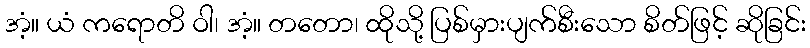
အံ့။ ယံ ကရောတိ ဝါ၊ အံ့။ တတော၊ ထိုသို့ ပြစ်မှားပျက်စီးသော စိတ်ဖြင့် ဆိုခြင်း